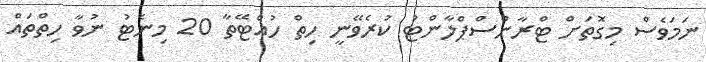
ނަމަވެސް މިގޮތަށް ޓްރާންސްޕްލާންޓު ކުރެވޭނީ ހިތް ހުއްޓޭތާ 20 މިނެޓު ނުވާ ހިތްތައް